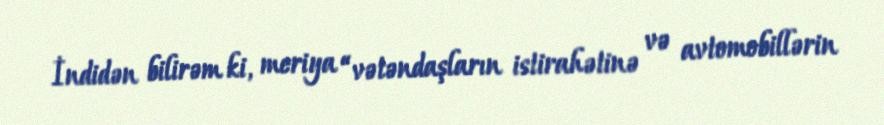
İndidən bilirəm ki, meriya “vətəndaşların istirahətinə və avtomobillərin